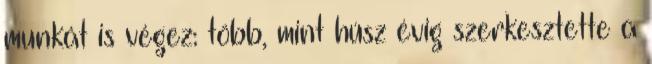
munkát is végez: több, mint húsz évig szerkesztette a